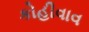
કોહીવાવ